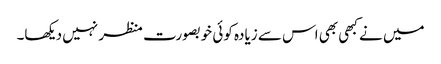
میں نے کبھی بھی اس سے زیادہ کوئی خوبصورت منظر نہیں دیکھا۔